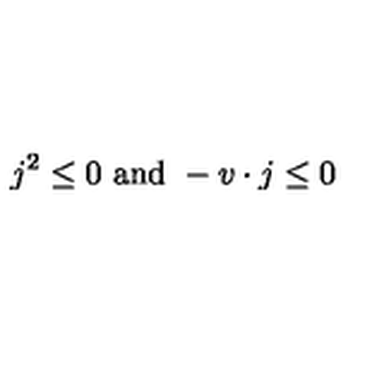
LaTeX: j ^ { 2 } \leq 0 \ \mathrm { a n d } \ - v \cdot j \leq 0